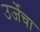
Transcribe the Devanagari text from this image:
उर्जेचा